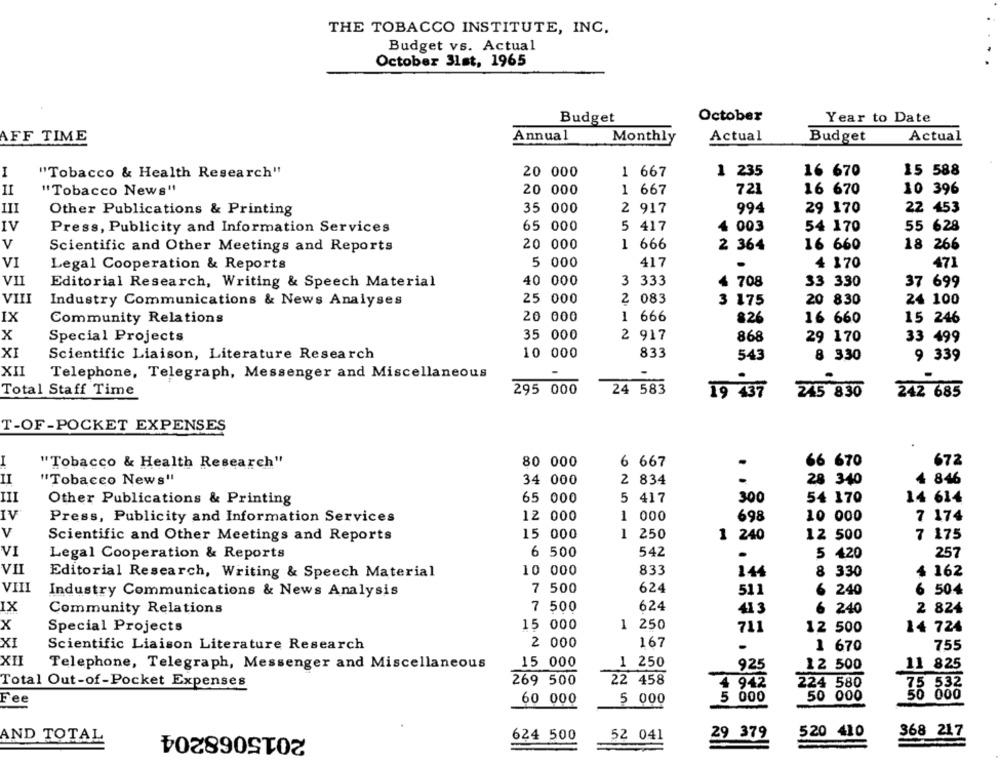
THE TOBACCO INSTITUTE, INC.
Budget vs. Actual
October 31st, 1965
Budget
October
Year to Date
AFF TIME
Annual
Actual
Actual
Monthly
Budget
I
"Tobacco & Health Research"
20 000
1 667
1 235
16 670
15 588
II
"Tobacco News"
20 000
1 667
721
16 670
10 396
III
Other Publications & Printing
35 000
2 917
994
29 170
22 453
IV
Press, Publicity and Information Services
65 000
5 417
4 003
54 170
55 628
v
1 666
18
266
Scientific and Other Meetings and Reports
20 000
2 364
16 660
VI
Legal Cooperation & Reports
5 000
417
.
4 170
471
VII
40 000
3 333
4 708
Editorial Research, Writing & Speech Material
33 330
37 699
VIII
Industry Communications & News Analyses
25 000
2 083
3 175
20 830
24 100
IX
Community Relations
20 000
1 666
826
16 660
15 246
X
35 000
2 917
Special Projects
868
29 170
33 499
XI
Scientific Liaison, Literature Research
10 000
833
543
8 330
9 339
XII
Telephone, Telegraph, Messenger and Miscellaneous
24 583
Total Staff Time
295 000
19 437
245 830
242 685
T-OF-POCKET EXPENSES
I
"Tobacco & Health Research"
80 000
6 667
66 670
672
II
"Tobacco News"
34 000
2 834
28 340
4 846
III
Other Publications & Printing
65 000
5 417
300
54 170
14 614
IV
Press, Publicity and Information Services
12 000
1 000
698
10 000
7 174
V
15 000
1 250
1 240
12 500
7 175
Scientific and Other Meetings and Reports
VI
Legal Cooperation & Reports
6 500
542
5 420
257
VII
10 000
833
144
8 330
$ 162
Editorial Research, Writing & Speech Material
VIII
624
Industry Communications & News Analysis
7 500
511
6 240
6 504
IX
Community Relations
7 500
624
413
6 240
2 824
X
15 000
1 250
711
Special Projects
12 500
14 724
XI
167
Scientific Liaison Literature Research
2 000
1 670
755
XII
15 000
1 250
925
Telephone, Telegraph, Messenger and Miscellaneous
12 500
11 825
Total Out-of -Pocket Expenses
269 500
22 458
4 942
224 580
75 532
Fee
60 000
5 000
5 000
50 000
2015068204
520 410
368 217
AND TOTAL
624 500
52 041
29 379